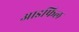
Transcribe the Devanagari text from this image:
आइफिल